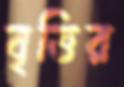
বৃত্তির